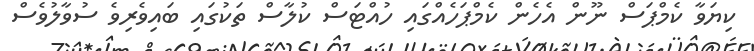
ކިޔަވާ ކެމްޕަސް ނޫން އެހެން ކެމްޕަހެއްގައި ހުއްޓަސް ކުލާސް ތަކުގައި ބައިވެރިވެ ސުވާލުވެސް